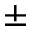
\pm